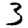
Digit: 3